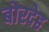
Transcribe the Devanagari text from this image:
बोरदेह